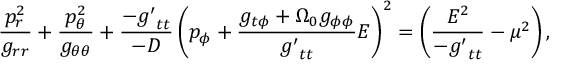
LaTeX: \frac { p _ { r } ^ { 2 } } { g _ { r r } } + \frac { p _ { \theta } ^ { 2 } } { g _ { \theta \theta } } + \frac { - { g ^ { \prime } } _ { t t } } { - \cal D } \left( p _ { \phi } + \frac { g _ { t \phi } + \Omega _ { 0 } g _ { \phi \phi } } { { g ^ { \prime } } _ { t t } } E \right) ^ { 2 } = \left( \frac { E ^ { 2 } } { - { g ^ { \prime } } _ { t t } } - \mu ^ { 2 } \right) ,